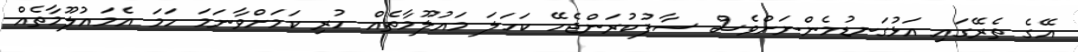
އޭގެ ތެރޭގައި އަޅުގަނޑުމެންނަށްވެސް ސާފުކުރަންޖެހޭ ކަހަލަ މައުލޫމާތެއް ހުރި ކަމަށްވާނަމަ ހަމަ އެމައުލޫމާތެއް